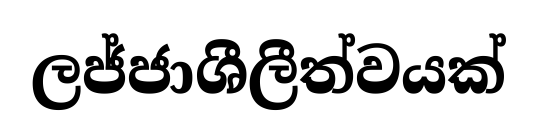
ලජ්ජාශීලීත්වයක්